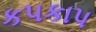
કપકાપ